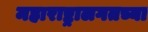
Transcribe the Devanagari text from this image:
महाराष्ट्रालगतच्या